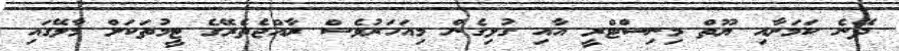
ދޭނެ ކަމަށާއި ޔޫތް މިނިސްޓްރީ އާއި ގުޅިގެން މިއަަހަރުވެސް ރާއްޖެތެރޭގެ ޓީމުތަކަށް މާލޭގައި